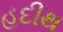
હદીથ